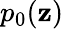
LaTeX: p_{0}(\mathbf{z})